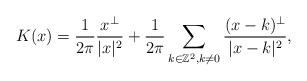
LaTeX: \begin{align*}K(x)=\frac{1}{2\pi}\frac{x^\perp}{|x|^2}+\frac{1}{2\pi}\sum_{k\in\mathbb{Z}^2,k\neq 0}\frac{(x-k)^\perp}{|x-k|^2},\end{align*}